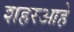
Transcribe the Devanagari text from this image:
शहरआहे